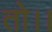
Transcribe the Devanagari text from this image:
तो।।